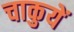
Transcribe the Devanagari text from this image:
चाकुयें